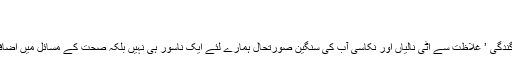
بھوآنہ کو سنواریں
وقار نامہ
شہر بھوآنہ میں صفائی کامسئلہ’ ہمارے لئے ایک سنگین مسئلہ بن چکاہے ،شہربھرمیں گندگی ’ غلاظت سے اٹی نالیاں اور نکاسی آب کی سنگین صورتحال ہمارے لئے ایک ناسور ہی نہیں بلکہ صحت کے مسائل میں اضافے کے ساتھ ساتھ اہل علاقہ پر اپنے منفی اثرات بھی شدت کے ساتھ مرتب کررہی ہے ۔